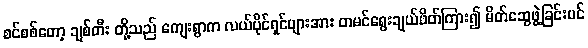
စင်စစ်တော့ ချစ်တီး တို့သည် ကျေးရွာက လယ်ပိုင်ရှင်များအား တမင်ရွေးချယ်ဖိတ်ကြား၍ မိတ်ဆွေဖွဲ့ခြင်းပင်